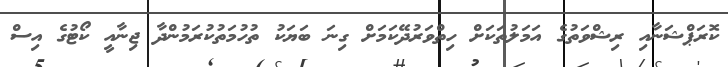
ކޮރަޕްޝަނާއި ރިޝްވަތުގެ އަމަލުތަކަށް ހިތްވަރުދޭކަމަށް ގިނަ ބަޔަކު ތުހުމަތުކުރަމުންދާ ޖިނާއީ ކޯޓުގެ އިސް